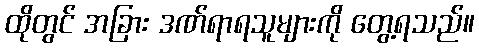
ထိုတွင် အခြား ဒဏ်ရာရသူများကို တွေ့ရသည်။